Indian journal of veterinary science and animal husbandry - Volume 5,
Year: 1935
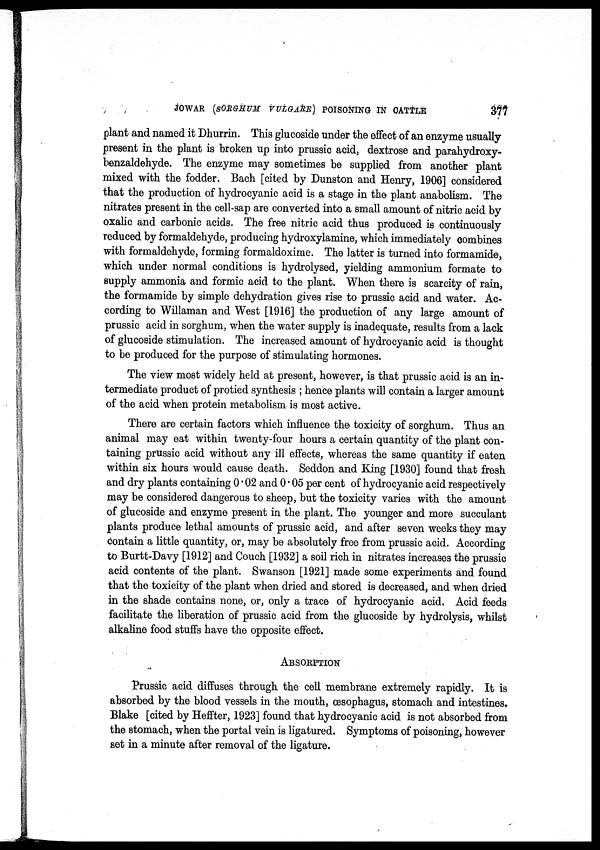
JOWAR (SORGHUM VULGARE) POISONING IN CATTLE
377
plant and named it Dhurrin. This glucoside under the effect of an enzyme usually
present in the plant is broken up into prussic acid, dextrose and parahydroxy¬
benzaldehyde. The enzyme may sometimes be supplied from another plant
mixed with the fodder. Bach [cited by Dunston and Henry, 1906] considered
that the production of hydrocyanic acid is a stage in the plant anabolism. The
nitrates present in the cell-sap are converted into a small amount of nitric acid by
oxalic and carbonic acids. The free nitric acid thus produced is continuously
reduced by formaldehyde, producing hydroxylamine, which immediately combines
with formaldehyde, forming formaldoxime. The latter is turned into formamide,
which under normal conditions is hydrolysed, yielding ammonium formate to
supply ammonia and formic acid to the plant. When there is scarcity of rain,
the formamide by simple dehydration gives rise to prussic acid and water. Ac-
cording to Willaman and West [1916] the production of any large amount of
prussic acid in sorghum, when the water supply is inadequate, results from a lack
of glucoside stimulation. The increased amount of hydrocyanic acid is thought
to be produced for the purpose of stimulating hormones.
The view most widely held at present, however, is that prussic acid is an in-
termediate product of protied synthesis ; hence plants will contain a larger amount
of the acid when protein metabolism is most active.
There are certain factors which influence the toxicity of sorghum. Thus an
animal may eat within twenty-four hours a certain quantity of the plant con-
taining prussic acid without any ill effects, whereas the same quantity if eaten
within six hours would cause death. Seddon and King [1930] found that fresh
and dry plants containing 0.02 and 0.05 per cent of hydrocyanic acid respectively
may be considered dangerous to sheep, but the toxicity varies with the amount
of glucoside and enzyme present in the plant. The younger and more succulant
plants produce lethal amounts of prussic acid, and after seven weeks they may
contain a little quantity, or, may be absolutely free from prussic acid. According
to Burtt-Davy [1912] and Couch [1932] a soil rich in nitrates increases the prussic
acid contents of the plant. Swanson [1921] made some experiments and found
that the toxicity of the plant when dried and stored is decreased, and when dried
in the shade contains none, or, only a trace of hydrocyanic acid. Acid feeds
facilitate the liberation of prussic acid from the glucoside by hydrolysis, whilst
alkaline food stuffs have the opposite effect.
ABSORPTION
Prussic acid diffuses through the cell membrane extremely rapidly. It is
absorbed by the blood vessels in the mouth, œsophagus, stomach and intestines.
Blake [cited by Heffter, 1923] found that hydrocyanic acid is not absorbed from
the stomach, when the portal vein is ligatured. Symptoms of poisoning, however
set in a minute after removal of the ligature.